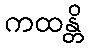
ကထန္တိ